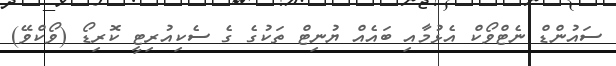
ސައުންޑް ނެޓްވޯކް އެޅުމާއި ބައެއް ޔުނިޓް ތަކުގެ ގެ ސެކިއުރިޓީ ކޮރިޑޯ (ވޯކްވޭ)